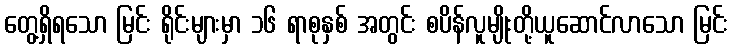
တွေ့ရှိရသော မြင်း ရိုင်းများမှာ ၁၆ ရာစုနှစ် အတွင်း စပိန်လူမျိုးတို့ယူဆောင်လာသော မြင်း